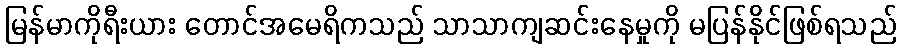
မြန်မာကိုရီးယား တောင်အမေရိကသည် သာသာကျဆင်းနေမှုကို မပြန်နိုင်ဖြစ်ရသည်